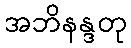
အဘိနန္ဒတု